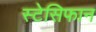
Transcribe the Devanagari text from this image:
स्टेसिफान